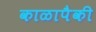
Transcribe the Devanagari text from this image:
काळापैकी